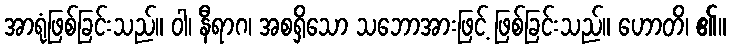
အာရုံဖြစ်ခြင်းသည်။ ဝါ၊ နီရာဂ၊ အစရှိသော သဘောအားဖြင့် ဖြစ်ခြင်းသည်။ ဟောတိ၊ ၏။